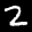
Label: 2